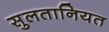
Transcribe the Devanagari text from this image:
सुलतानियत